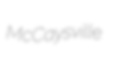
McCaysville